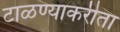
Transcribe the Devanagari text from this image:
टाळण्याकरीता